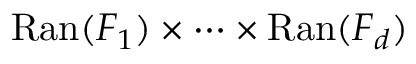
\operatorname { R a n } ( F _ { 1 } ) \times \cdots \times \operatorname { R a n } ( F _ { d } )